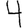
Digit: 4